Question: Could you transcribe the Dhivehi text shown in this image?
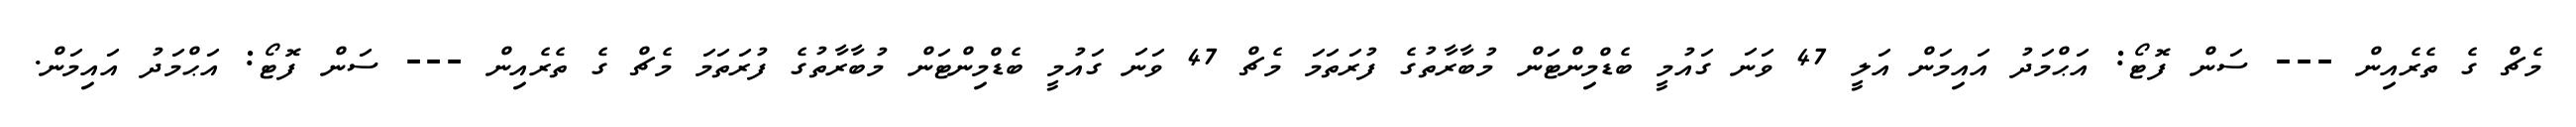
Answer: މެޗް ގެ ތެރެއިން --- ސަން ފޮޓޯ: އަޙްމަދު އައިމަން އަލީ 47 ވަނަ ގައުމީ ބެޑްމިންޓަން މުބާރާތުގެ ފުރަތަމަ މެޗް 47 ވަނަ ގައުމީ ބެޑްމިންޓަން މުބާރާތުގެ ފުރަތަމަ މެޗް ގެ ތެރެއިން --- ސަން ފޮޓޯ: އަޙްމަދު އައިމަން.